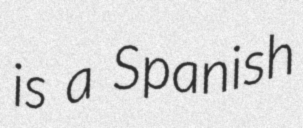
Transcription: is a Spanish